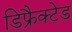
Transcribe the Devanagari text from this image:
डिफ्रैक्टेड